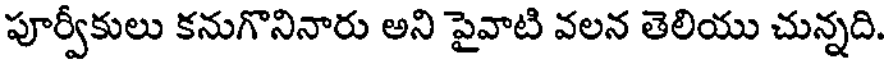
పూర్వీకులు కనుగొనినారు అని పైవాటి వలన తెలియు చున్నది.